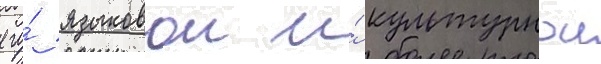
его́ языковои и́ культурнои